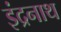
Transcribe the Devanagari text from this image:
इंद्रनाथ